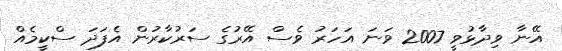
އޭނާ ވިދާޅުވީ 2007 ވަނަ އަހަރު ވެސް އޭރުގެ ސަރުކާރުން އެފަދަ ސްކީމެއް